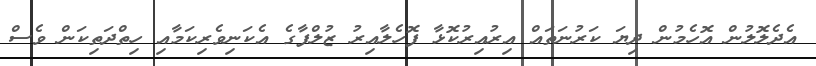
އެދެލޮލުން އޮހެމުން ދިޔަ ކަރުނަތައް އިރުއިރުކޮޅާ ފޮހެލާއިރު ޒުލްފާގެ އެކަނިވެރިކަމާއި ހިތްދަތިކަން ވެސް